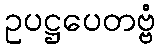
ဥပဋ္ဌပေတဗ္ဗံ